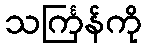
သင်္ကြန်ကို